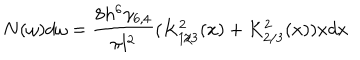
LaTeX: N ( \omega ) d \omega = \frac { 8 h ^ { 6 } \gamma _ { 6 , 4 } } { \pi l ^ { 2 } } ( K _ { 1 / 3 } ^ { 2 } ( x ) + K _ { 2 / 3 } ^ { 2 } ( x ) ) x d x